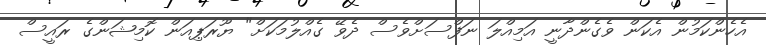
އެހެންކަމުން އެކަން ވެގެންދާނީ އަމިއްލަ ނަފްސަށްވެސް ދެވޭ ގެއްލުމަކަށް" ޔޫރަޕިއަން ކޮމިޝަންގެ ރައީސް